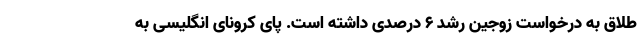
طلاق به درخواست زوجین رشد ۶ درصدی داشته است. پایِ کرونای انگلیسی به